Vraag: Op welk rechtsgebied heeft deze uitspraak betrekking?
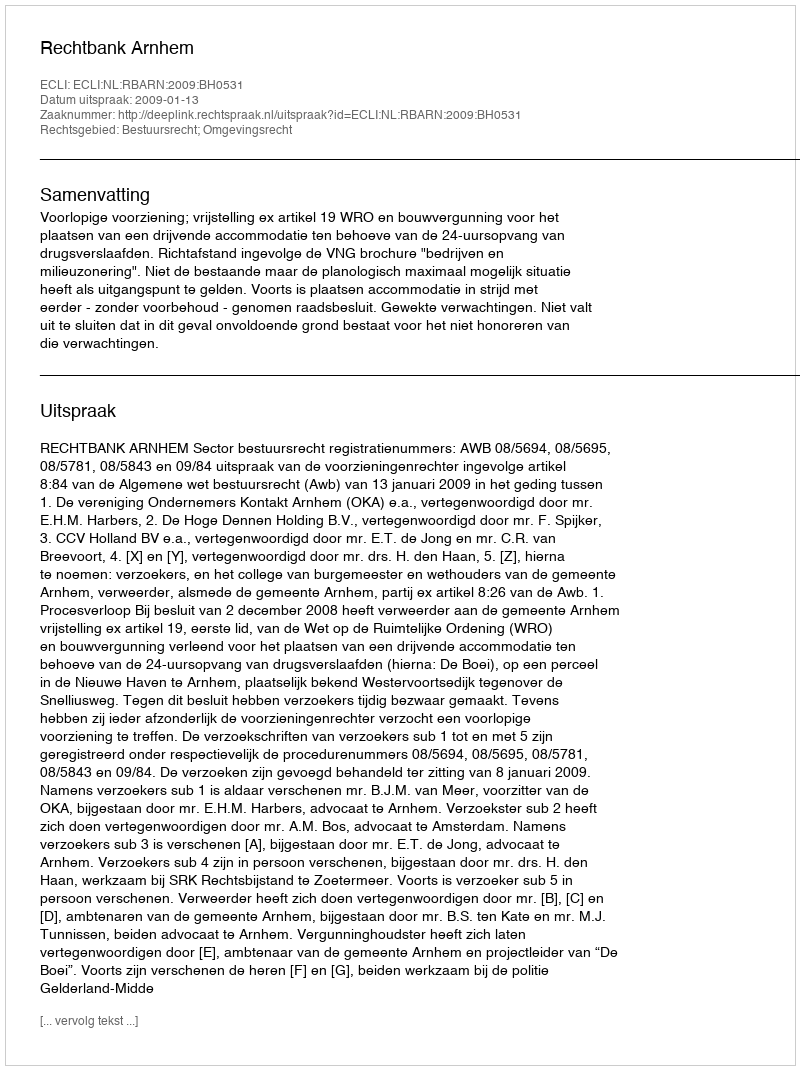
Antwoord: Bestuursrecht; Omgevingsrecht